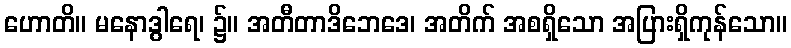
ဟောတိ။ မနောဒွါရေ၊ ၌။ အတီတာဒိဘေဒေ၊ အတိက် အစရှိသော အပြားရှိကုန်သော။